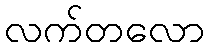
လက်တလော